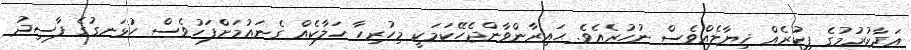
އަދާކުރުމުގެ ފިކުރެއް ޚިޔާލެއްވެސް ނުހުރެއެވެ. ޙައިރާންވާންޖެހޭކަމަކީ މިހުރިހާ ހަލާކެއް ގެނައުމަށްފަހުވެސް ހުޅަނގުގެ ފާސިދު